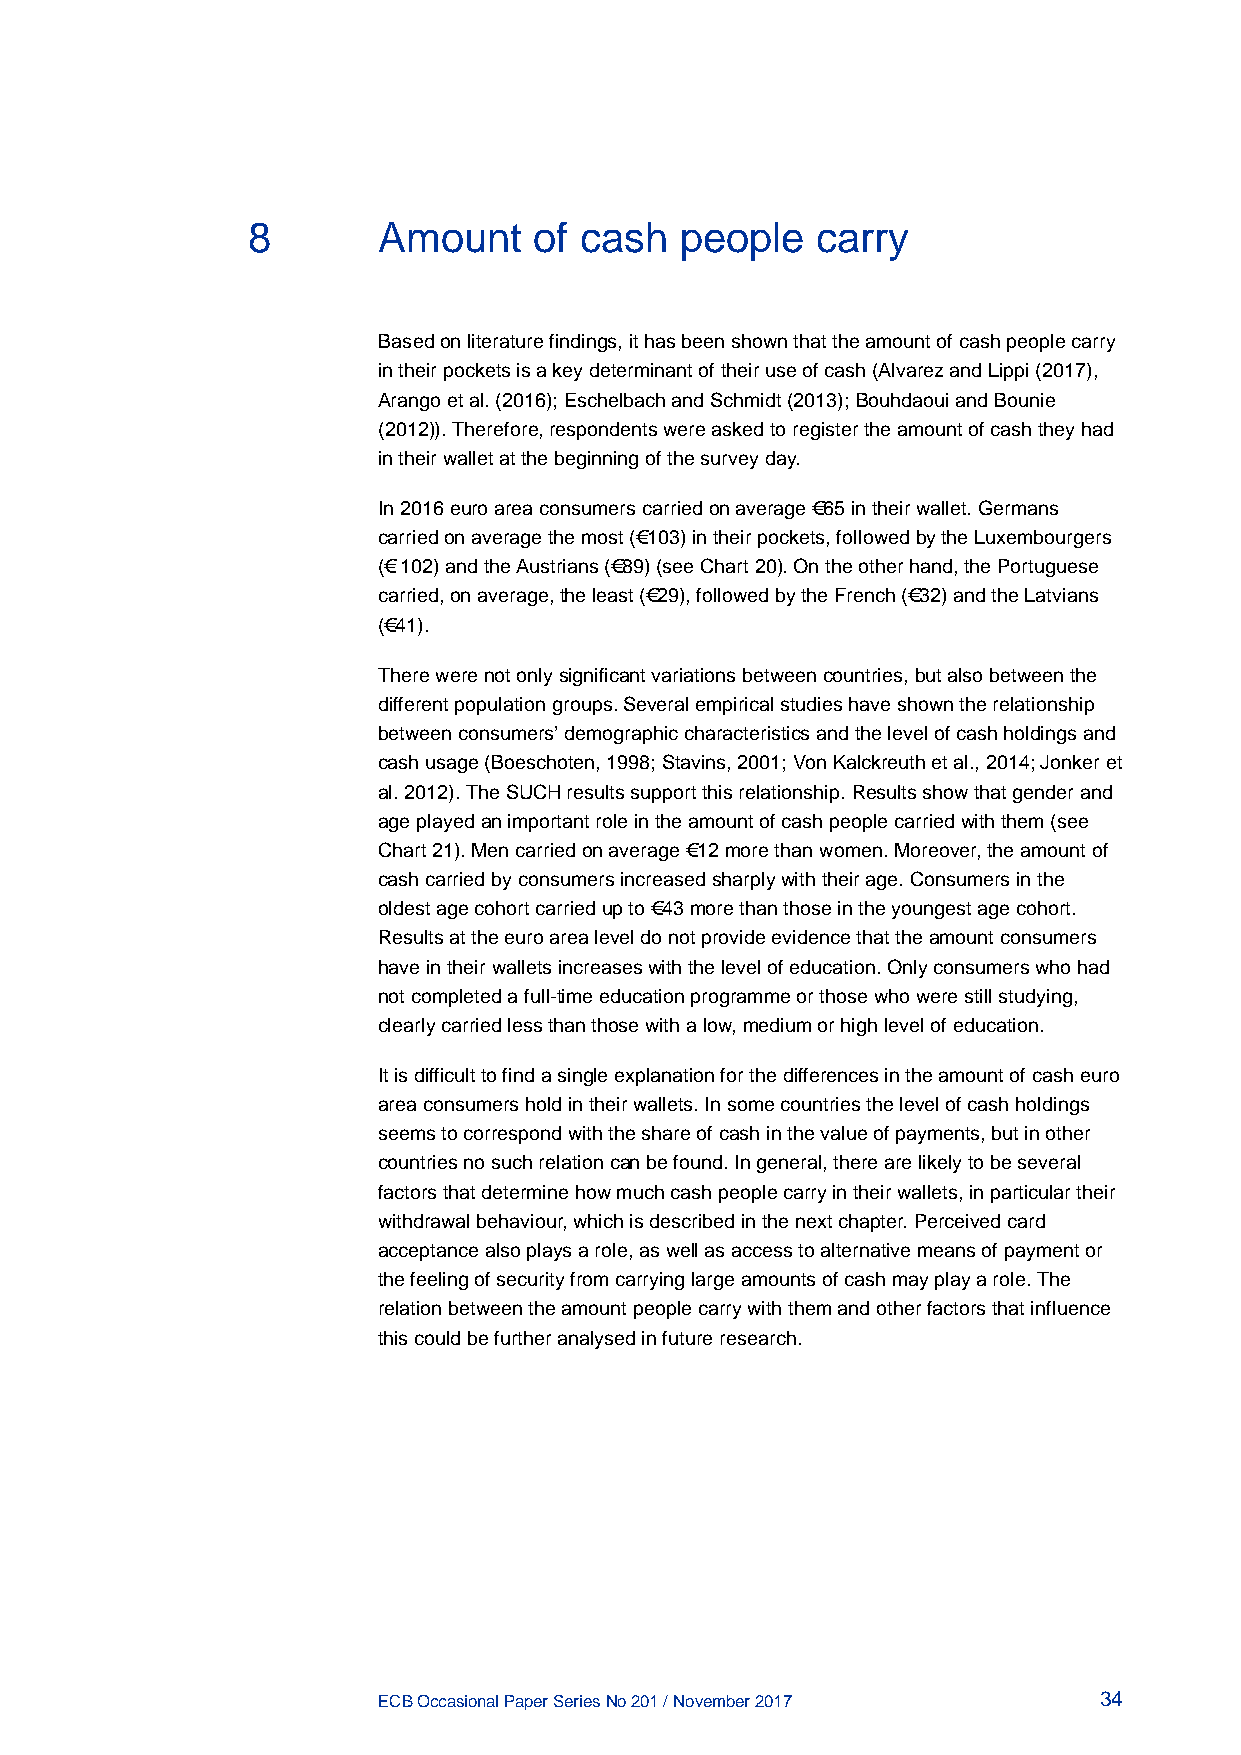
8        Amount    of cash   people   carry
 Based on literature findings, it has been shown that the amount of cash people carry
 in their pockets is a key determinant of their use of cash (Alvarez and Lippi (2017),
 Arango et al. (2016); Eschelbach and Schmidt (2013); Bouhdaoui and Bounie
 (2012)). Therefore, respondents were asked to register the amount of cash they had
 in their wallet at the beginning of the survey day.
 In 2016 euro area consumers carried on average €65 in their wallet. Germans
 carried on average the most (€103) in their pockets, followed by the Luxembourgers
 (€ 102) and the Austrians (€89) (see Chart 20). On the other hand, the Portuguese
 carried, on average, the least (€29), followed by the French (€32) and the Latvians
 (€41).
 There were not only significant variations between countries, but also between the
 different population groups. Several empirical studies have shown the relationship
 between consumers’ demographic characteristics and the level of cash holdings and
 cash usage (Boeschoten, 1998; Stavins, 2001; Von Kalckreuth et al., 2014; Jonker et
 al. 2012). The SUCH results support this relationship. Results show that gender and
 age played an important role in the amount of cash people carried with them (see
 Chart 21). Men carried on average €12 more than women. Moreover, the amount of
 cash carried by consumers increased sharply with their age. Consumers in the
 oldest age cohort carried up to €43 more than those in the youngest age cohort.
 Results at the euro area level do not provide evidence that the amount consumers
 have in their wallets increases with the level of education. Only consumers who had
 not completed a full-time education programme or those who were still studying,
 clearly carried less than those with a low, medium or high level of education.
 It is difficult to find a single explanation for the differences in the amount of cash euro
 area consumers hold in their wallets. In some countries the level of cash holdings
 seems to correspond with the share of cash in the value of payments, but in other
 countries no such relation can be found. In general, there are likely to be several
 factors that determine how much cash people carry in their wallets, in particular their
 withdrawal behaviour, which is described in the next chapter. Perceived card
 acceptance also plays a role, as well as access to alternative means of payment or
 the feeling of security from carrying large amounts of cash may play a role. The
 relation between the amount people carry with them and other factors that influence
 this could be further analysed in future research.
 ECB Occasional Paper Series No 201 / November 2017 34